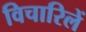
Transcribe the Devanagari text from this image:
विचारिलें